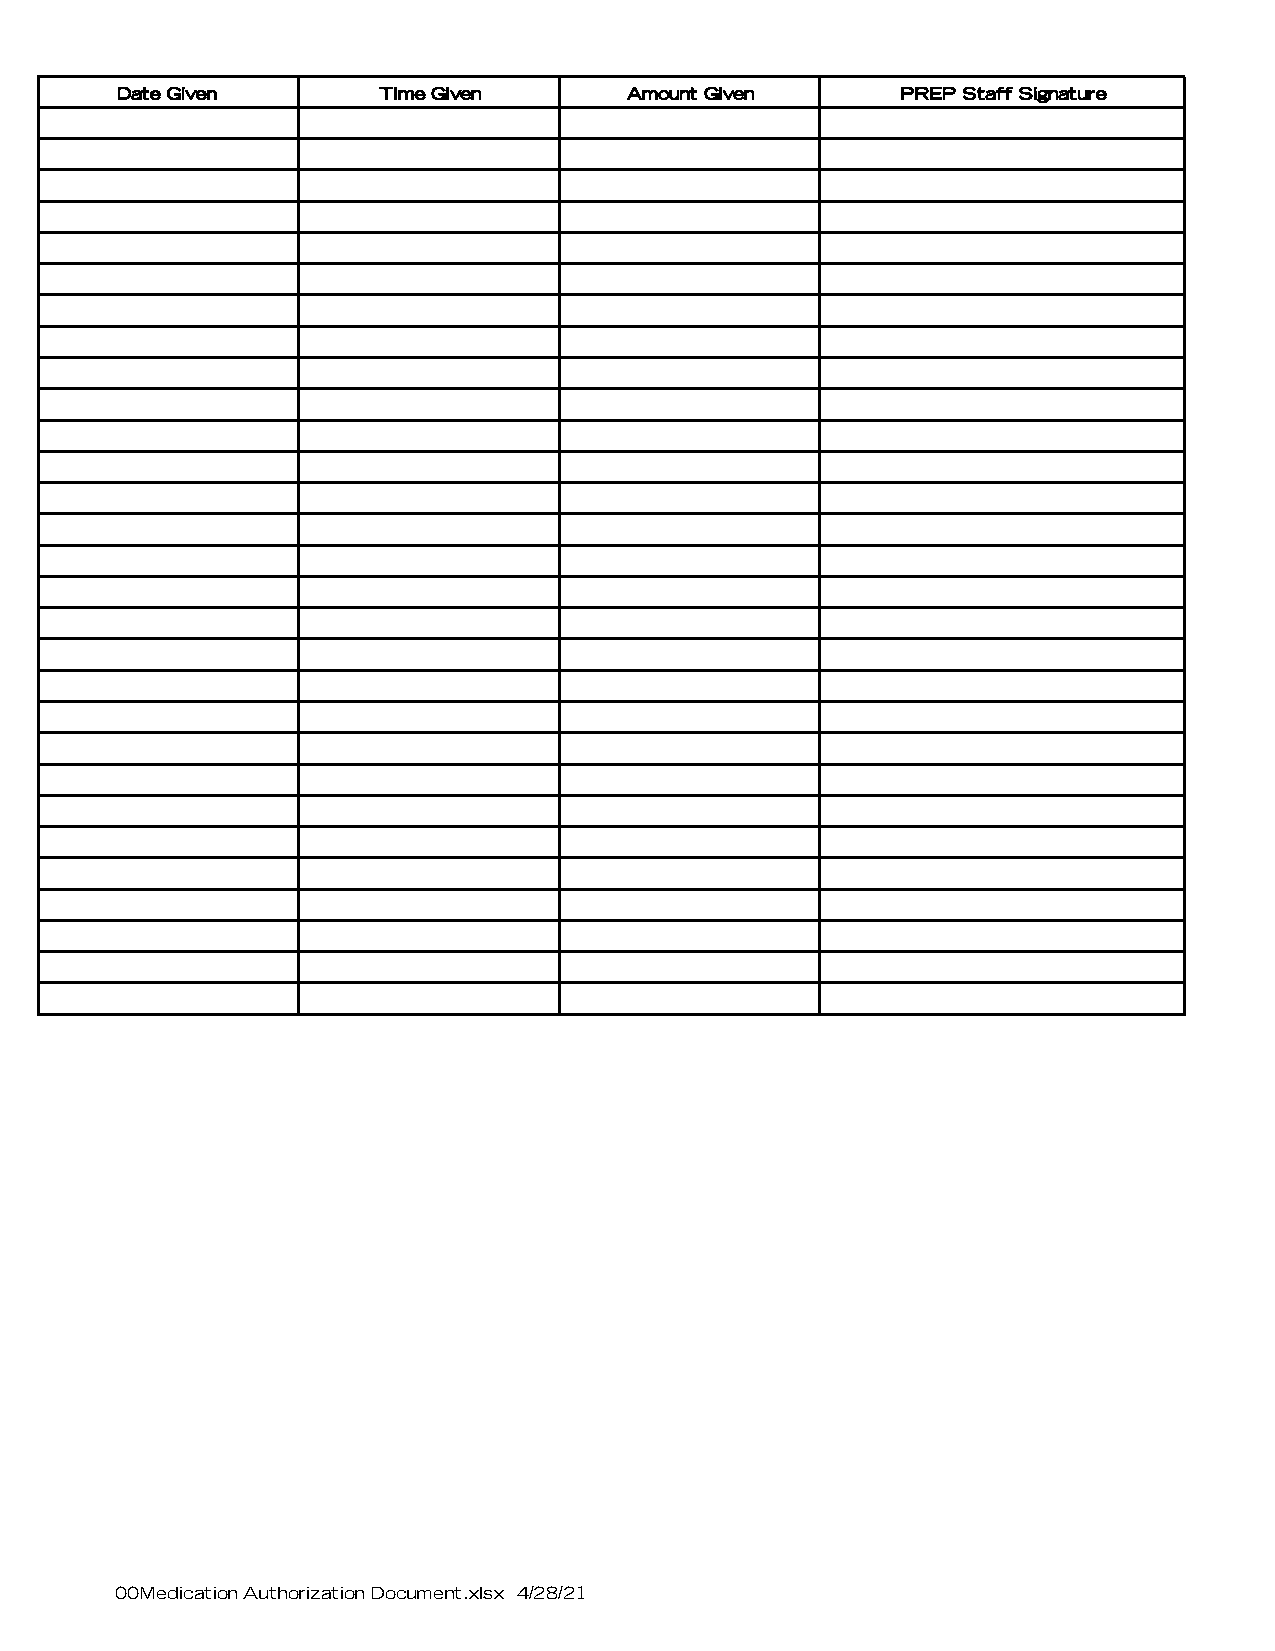
Date Given       Time Given       Amount Given      PREP Staff Signature
 00Medication Authorization Document.xlsx 4/28/21